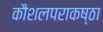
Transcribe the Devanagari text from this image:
कौशलपराकष्ठा